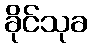
ခိုင်သုခ